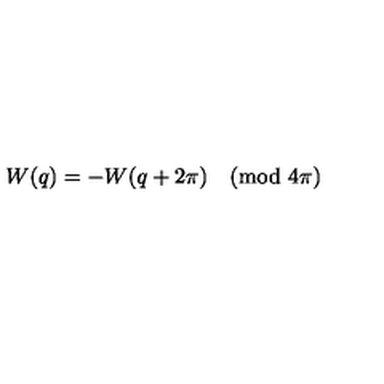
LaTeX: W ( q ) = - W ( q + 2 \pi ) \pmod { 4 \pi }